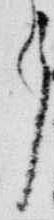
了